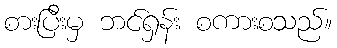
စားပြီးမှ ဘင်ရှန်း စကားစသည်။